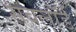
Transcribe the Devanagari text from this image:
सबलॉर्ड